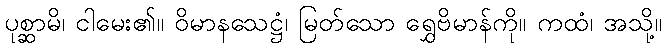
ပုစ္ဆာမိ၊ ငါမေး၏။ ဝိမာနသေဋ္ဌံ၊ မြတ်သော ရွှေဗိမာန်ကို။ ကထံ၊ အသို့။